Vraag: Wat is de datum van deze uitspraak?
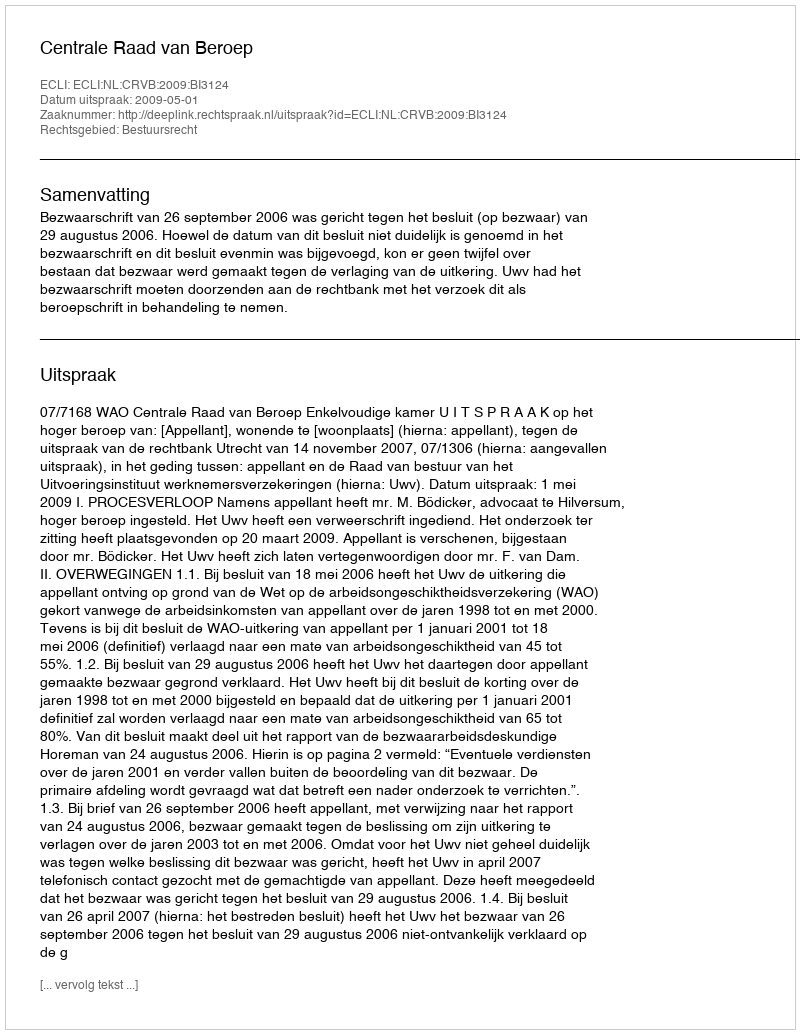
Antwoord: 2009-05-01